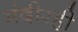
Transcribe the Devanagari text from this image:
मंदीरही